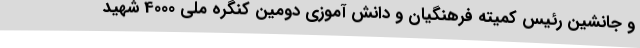
و جانشین رئیس کمیته فرهنگیان و دانش آموزی دومین کنگره ملی 4000 شهید